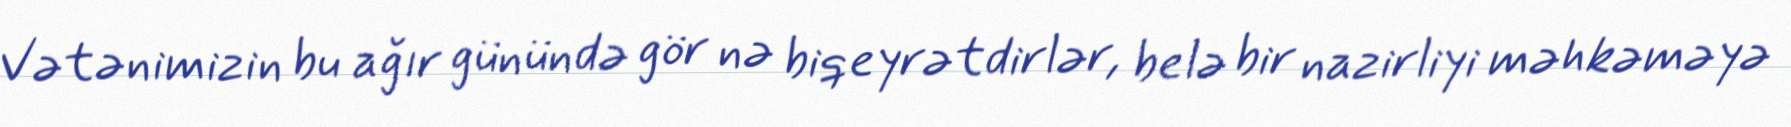
Vətənimizin bu ağır günündə gör nə biqeyrətdirlər, belə bir nazirliyi məhkəməyə